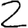
Digit: 2